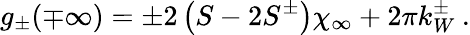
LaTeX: g_{\pm}(\mp\infty)=\pm 2\left(S-2S^{\pm}\right)\chi_{\infty}+2\pi k_{W}^{\pm}\: .